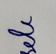
Signature authenticity: forged